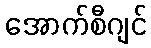
အောက်စီဂျင်